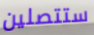
ستتصلين